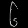
Digit: ၆